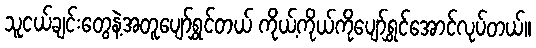
သူငယ်ချင်းတွေနဲ့အတူပျော်ရွှင်တယ် ကိုယ့်ကိုယ်ကိုပျော်ရွှင်အောင်လုပ်တယ်။